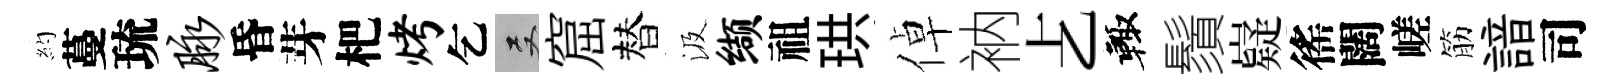
約蔓琉脉昏芽杷烤乞双窟替汲缬祖珙倬衲𠧒輙鬚嶷徭闊嵯筋諳司